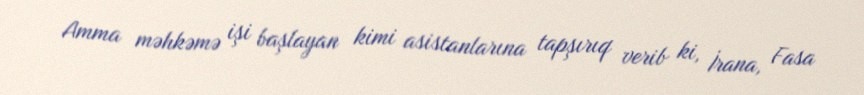
Amma məhkəmə işi başlayan kimi asistanlarına tapşırıq verib ki, İrana, Fasa